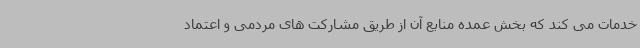
خدمات می کند که بخش عمده منابع آن از طریق مشارکت های مردمی و اعتماد